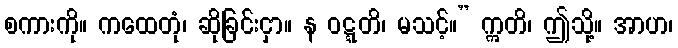
စကားကို။ ကထေတုံ၊ ဆိုခြင်းငှာ။ န ဝဋ္ဋတိ၊ မသင့်။” ဣတိ၊ ဤသို့။ အာဟ၊